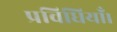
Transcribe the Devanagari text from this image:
प्रविधियाँ।